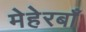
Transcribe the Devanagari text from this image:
मेहेरबाँ